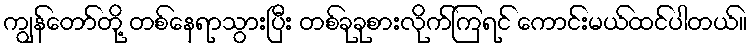
ကျွန်တော်တို့ တစ်နေရာသွားပြီး တစ်ခုခုစားလိုက်ကြရင် ကောင်းမယ်ထင်ပါတယ်။